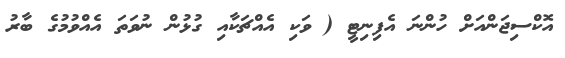
އޮކްސިޖަންއަށް ހުންނަ އެފިނިޓީ ( ވަކި އެއްޗަކާއި ގުޅުން ނުވަތަ އެއްވުމުގެ ބާރު